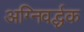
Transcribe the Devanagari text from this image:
अग्निवर्द्धक